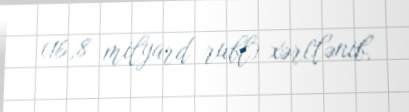
(16,8 milyard rubl) xərclənib.